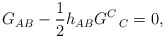
\begin{align*}G_{AB}-\frac{1}{2}h_{AB}G^C\hspace{.5mm}_C=0,\end{align*}